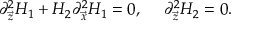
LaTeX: \partial _ { \vec { z } } ^ { 2 } H _ { 1 } + H _ { 2 } \partial _ { \vec { x } } ^ { 2 } H _ { 1 } = 0 , \ \ \ \ \partial _ { \vec { z } } ^ { 2 } H _ { 2 } = 0 .